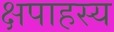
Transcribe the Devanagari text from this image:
क्षपाहस्य